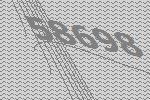
58698